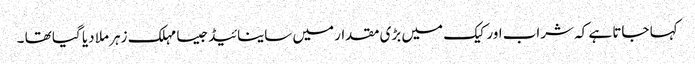
کہا جاتا ہے کہ شراب اور کیک میں بڑی مقدار میں ساینائیڈجیسا مہلک زہر ملا دیا گیا تھا ۔